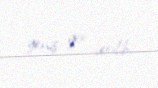
geniş yer verilib.